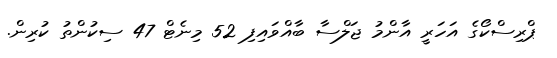
ޕްރިސްކޯގެ އަހަރީ އާންމު ޖަލްސާ ބާއްވައިފި 52 މިނެޓް 47 ސިކުންތު ކުރިން.